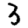
Digit: 3